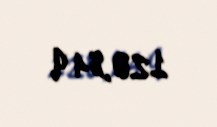
120,84 q